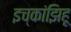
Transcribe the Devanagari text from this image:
इच्कांझिहू